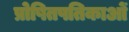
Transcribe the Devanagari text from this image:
प्रोषितपतिकाओं